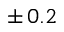
\pm \, 0 . 2